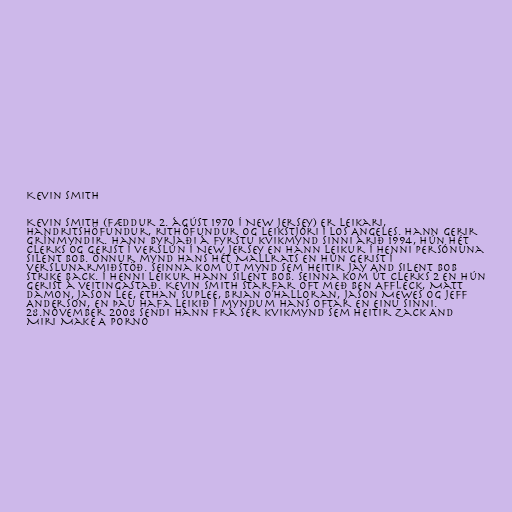
Kevin Smith

Kevin Smith (fæddur 2. ágúst 1970 í New Jersey) er leikari,
handritshöfundur, rithöfundur og leikstjóri í Los Angeles. Hann gerir
grínmyndir. Hann byrjaði á fyrstu kvikmynd sinni árið 1994, hún hét
Clerks og gerist í verslun í New Jersey en hann leikur í henni persónuna
Silent Bob. Önnur mynd hans hét Mallrats en hún gerist í
verslunarmiðstöð. Seinna kom út mynd sem heitir Jay And Silent Bob
Strike Back. Í henni leikur hann Silent Bob. Seinna kom út Clerks 2 en hún
gerist á veitingastað. Kevin Smith starfar oft með Ben Affleck, Matt
Damon, Jason Lee, Ethan Suplee, Brian O'Halloran, Jason Mewes og Jeff
Anderson, en þau hafa leikið í myndum hans oftar en einu sinni.
28.nóvember 2008 sendi hann frá sér kvikmynd sem heitir Zack And
Miri Make A Porno